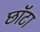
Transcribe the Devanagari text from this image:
छॉटा